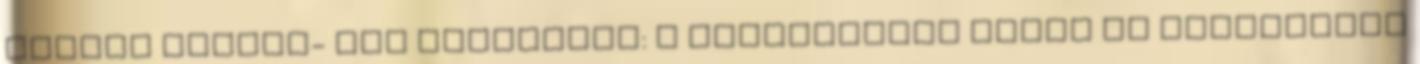
alábbi cookie- kat használja: A adatkezelés módja és biztonsága